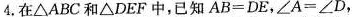
4.在△ABC和△DEF中，已知$$A B = D E$$，$$∠ A = ∠ D$$，